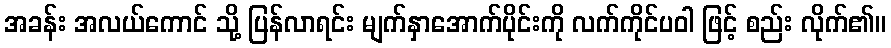
အခန်း အလယ်ကောင် သို့ ပြန်လာရင်း မျက်နှာအောက်ပိုင်းကို လက်ကိုင်ပဝါ ဖြင့် စည်း လိုက်၏။